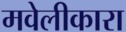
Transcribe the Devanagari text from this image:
मवेलीकारा